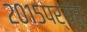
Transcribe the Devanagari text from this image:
२०१५पर्यंत